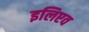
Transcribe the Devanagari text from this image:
इलिएव